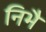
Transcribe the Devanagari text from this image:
निभै